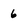
Character: 6